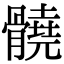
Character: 髐